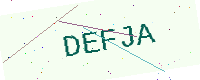
Text: DEFJA